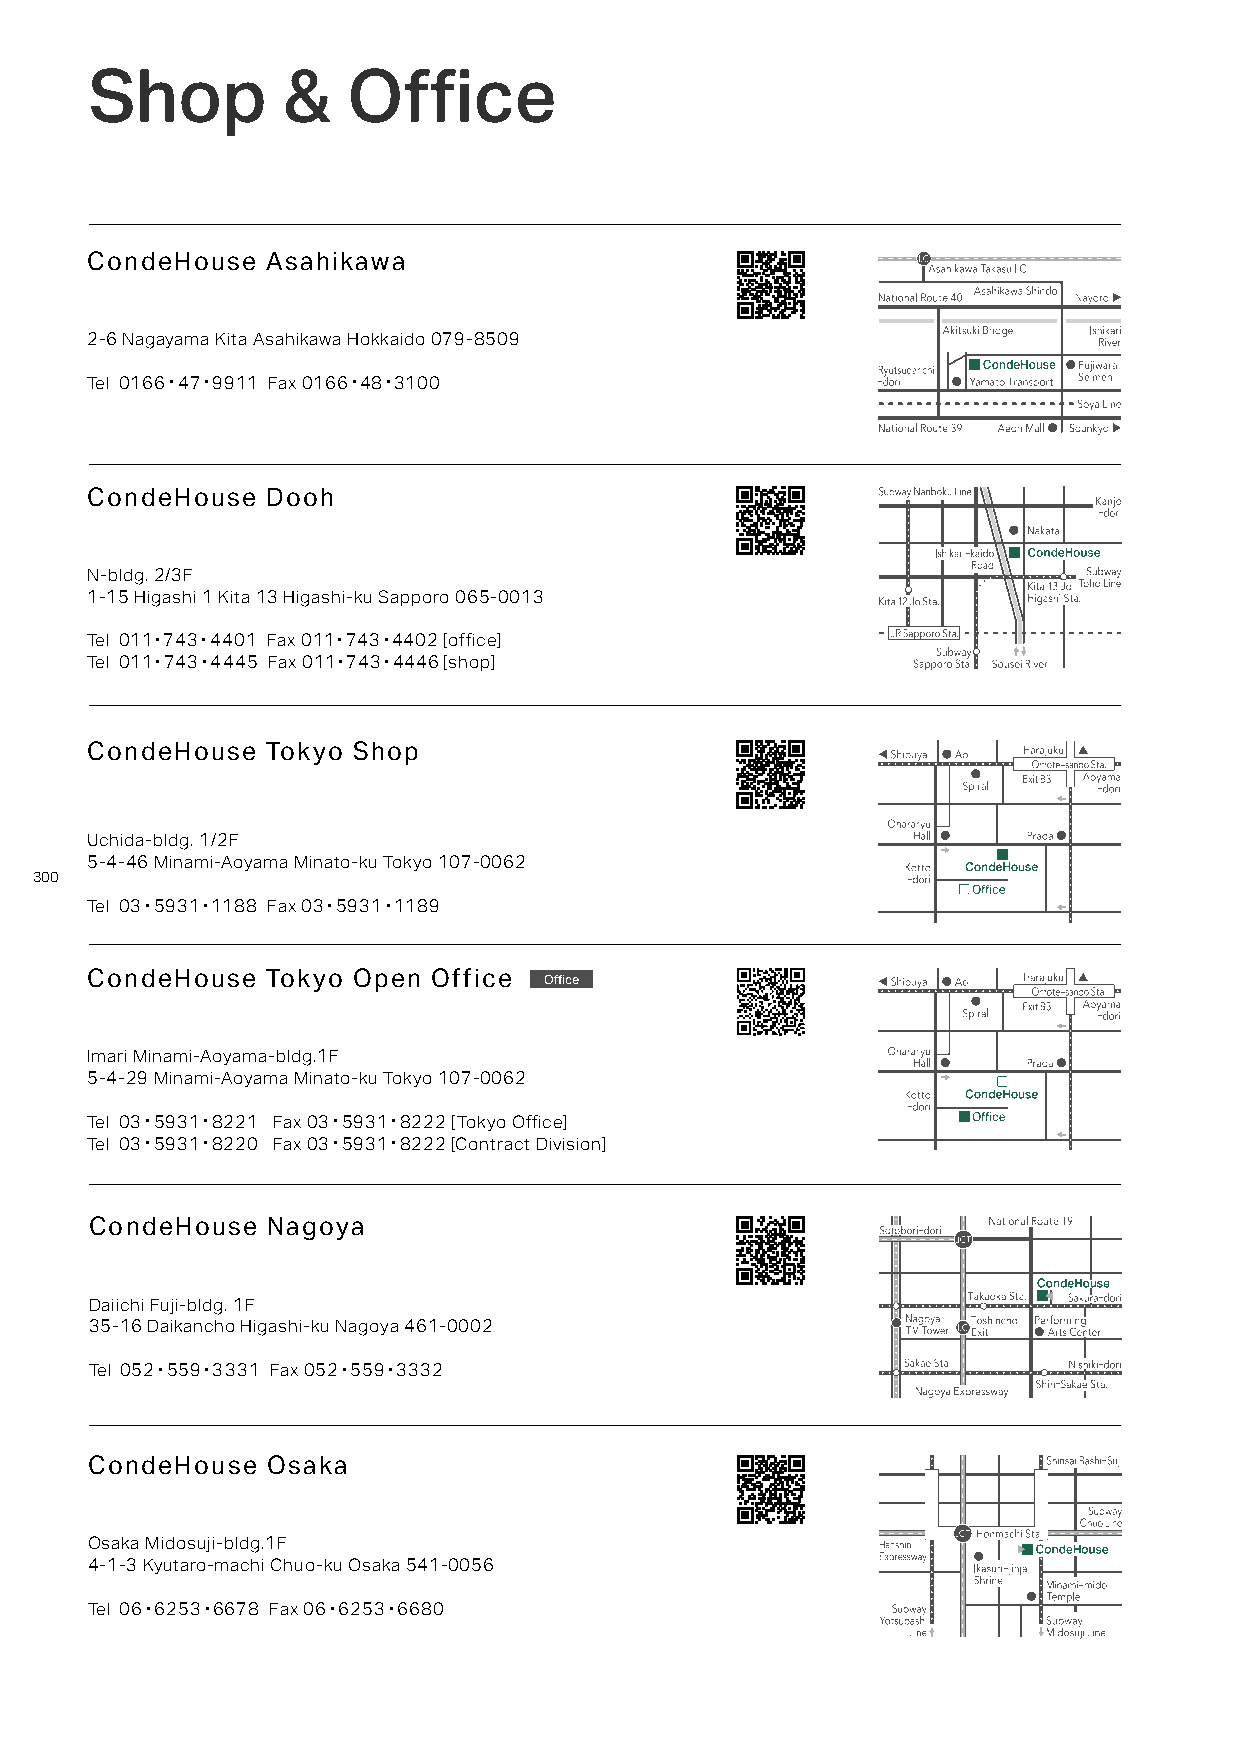
Shop         &   Office
 CondeHouse  Asahikawa
 2-6 Nagayama Kita Asahikawa Hokkaido 079-8509
 Tel 0166・47・9911 Fax 0166・48・3100
 CondeHouse  Dooh
 N-bldg. 2/3F
 1-15 Higashi 1 Kita 13 Higashi-ku Sapporo 065-0013
 Tel 011・743・4401 Fax 011・743・4402 [office]
 Tel 011・743・4445 Fax 011・743・4446 [shop]
 CondeHouse  Tokyo Shop
 Uchida-bldg. 1/2F
 5-4-46 Minami-Aoyama Minato-ku Tokyo 107-0062
 300
 Tel 03・5931・1188 Fax 03・5931・1189
 CondeHouse  Tokyo Open Office Office
 Imari Minami-Aoyama-bldg.1F
 5-4-29 Minami-Aoyama Minato-ku Tokyo 107-0062
 Tel 03・5931・8221 Fax 03・5931・8222 [Tokyo Office]
 Tel 03・5931・8220 Fax 03・5931・8222 [Contract Division]
 CondeHouse  Nagoya
 Daiichi Fuji-bldg. 1F
 35-16 Daikancho Higashi-ku Nagoya 461-0002
 Tel 052・559・3331 Fax 052・559・3332
 CondeHouse  Osaka
 Osaka Midosuji-bldg.1F
 4-1-3 Kyutaro-machi Chuo-ku Osaka 541-0056
 Tel 06・6253・6678 Fax 06・6253・6680